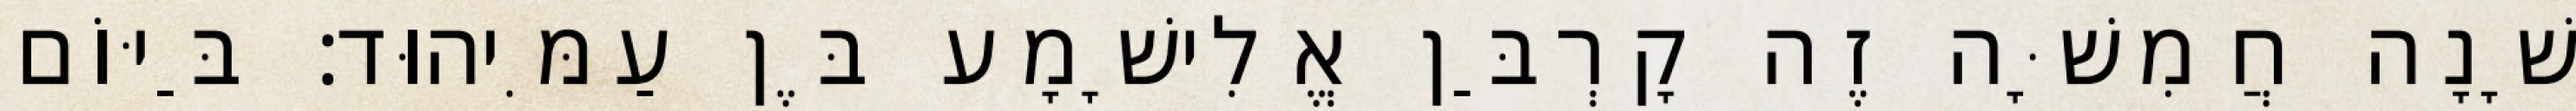
שָׁנָה חֲמִשָּׁה זֶה קָרְבַּן אֱלִישָׁמָע בֶּן עַמִּיהוּד׃ בַּיּוֹם